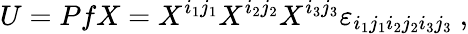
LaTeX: U=PfX=X^{i_{1}j_{1}}X^{i_{2}j_{2}}X^{i_{3}j_{3}}\varepsilon_{i_{1}j_{1}i_{2}j_{2}i_{3}j_{3}}~,